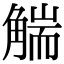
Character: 𧤗